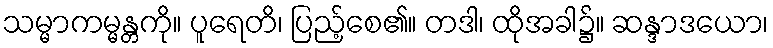
သမ္မာကမ္မန္တကို။ ပူရေတိ၊ ပြည့်စေ၏။ တဒါ၊ ထိုအခါ၌။ ဆန္ဒာဒယော၊